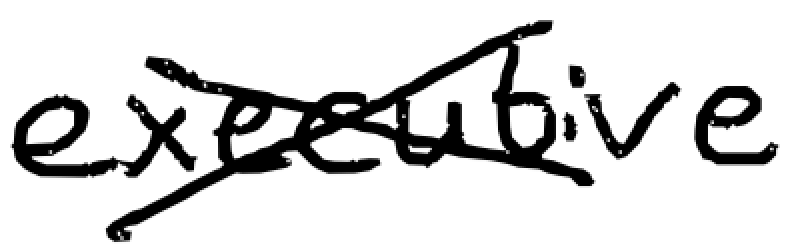
Text: executive
Cross-out: cross
Writing tool: digital_black